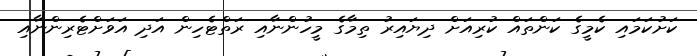
ކަށުކަމައި ކެމީގެ ކަންތައް ކުރިއަށް ދިޔައިރު ތިމާގެ މީހުންނާއި ރަތްޓެހިން އަދި އަވަށްޓެރިންނާއި